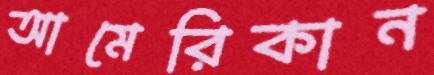
আমেরিকান